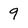
Character: 9